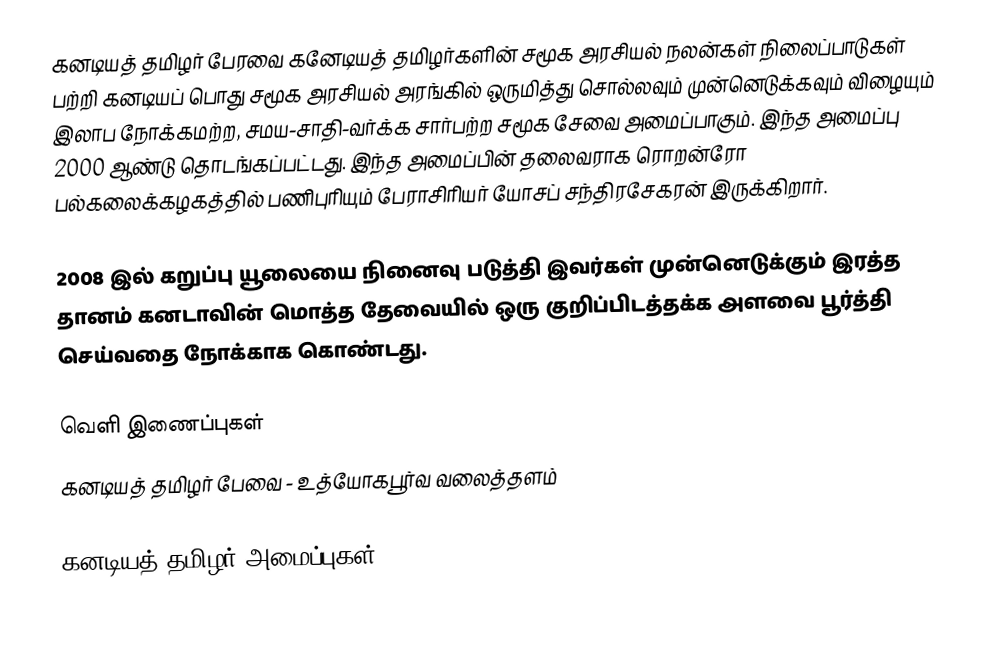
கனடியத் தமிழர் பேரவை கனேடியத் தமிழர்களின் சமூக அரசியல் நலன்கள் நிலைப்பாடுகள் பற்றி கனடியப் பொது சமூக அரசியல் அரங்கில் ஒருமித்து சொல்லவும் முன்னெடுக்கவும் விழையும் இலாப நோக்கமற்ற, சமய-சாதி-வர்க்க சார்பற்ற சமூக சேவை அமைப்பாகும்.  இந்த அமைப்பு 2000 ஆண்டு தொடங்கப்பட்டது.  இந்த அமைப்பின் தலைவராக ரொறன்ரோ பல்கலைக்கழகத்தில் பணிபுரியும் பேராசிரியர் யோசப் சந்திரசேகரன் இருக்கிறார்.

2008 இல் கறுப்பு யூலையை நினைவு படுத்தி இவர்கள் முன்னெடுக்கும் இரத்த தானம் கனடாவின் மொத்த தேவையில் ஒரு குறிப்பிடத்தக்க அளவை பூர்த்தி செய்வதை நோக்காக கொண்டது.

வெளி இணைப்புகள்
 கனடியத் தமிழர் பேவை - உத்யோகபூர்வ வலைத்தளம்

கனடியத் தமிழர் அமைப்புகள்